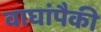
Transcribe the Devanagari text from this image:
वाघांपैकी